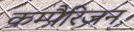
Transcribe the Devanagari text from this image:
कम्पैरिजन